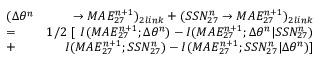
\begin{array} { r l r } & { \large ( \Delta \theta ^ { n } } & { \rightarrow M A E _ { 2 7 } ^ { n + 1 } \large ) _ { 2 l i n k } + \large ( S S N _ { 2 7 } ^ { n } \rightarrow M A E _ { 2 7 } ^ { n + 1 } \large ) _ { 2 l i n k } } \\ & { = } & { 1 / 2 \ \large [ \ I ( M A E _ { 2 7 } ^ { n + 1 } ; \Delta \theta ^ { n } ) - I ( M A E _ { 2 7 } ^ { n + 1 } ; \Delta \theta ^ { n } | S S N _ { 2 7 } ^ { n } ) } \\ & { + } & { I ( M A E _ { 2 7 } ^ { n + 1 } ; S S N _ { 2 7 } ^ { n } ) - I ( M A E _ { 2 7 } ^ { n + 1 } ; S S N _ { 2 7 } ^ { n } | \Delta \theta ^ { n } ) \large ] } \end{array}